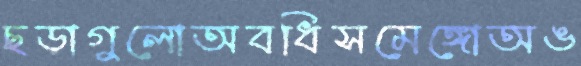
ছড়াগুলোঅবধিসমেঙ্গোঅঙ